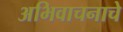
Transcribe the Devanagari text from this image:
अभिवाचनाचे